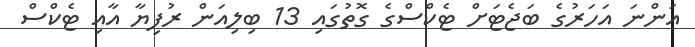
އަންނަ އަހަރުގެ ބަޖެޓަށް ޓެކްސްގެ ގޮތުގައި 13 ބިލިއަން ރުފިޔާ އާއި ޓެކްސް